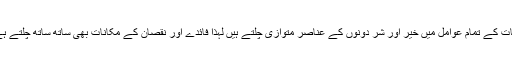
کائنات کے تمام عوامل میں خیر اور شر دونوں کے عناصر متوازی چلتے ہیں لہٰذا فائدے اور نقصان کے مکانات بھی ساتھ ساتھ چلتے ہےں۔